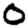
Digit: 0